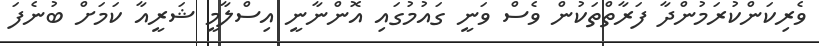
ވެރިކަންކުރަމުންދާ ފަރާތްތަކުން ވެސް ވަނީ ގައުމުގައި އޮންނާނީ އިސްލާމީ ޝަރީއާ ކަމަށް ބުނެފަ